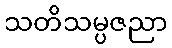
သတိသမ္ပဇညာ